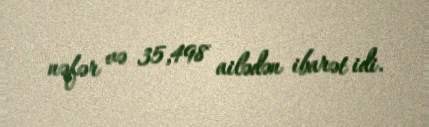
nəfər və 35,498 ailədən ibarət idi.